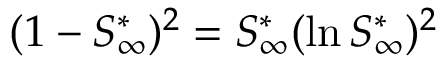
( 1 - S _ { \infty } ^ { * } ) ^ { 2 } = S _ { \infty } ^ { * } ( \ln S _ { \infty } ^ { * } ) ^ { 2 }